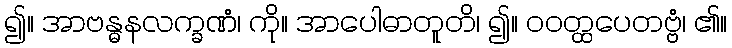
၍။ အာဗန္ဓနလက္ခဏံ၊ ကို။ အာပေါဓာတူတိ၊ ၍။ ဝဝတ္ထပေတဗ္ဗံ၊ ၏။